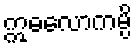
ဣဓလောကမ္ပိ